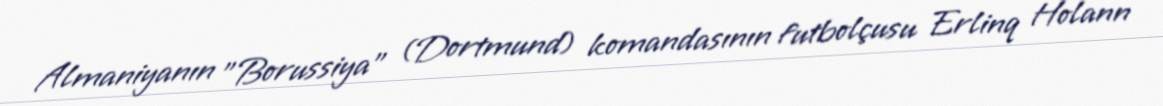
Almaniyanın "Borussiya" (Dortmund) komandasının futbolçusu Erlinq Holann